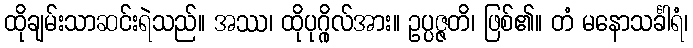
ထိုချမ်းသာဆင်းရဲသည်။ အဿ၊ ထိုပုဂ္ဂိုလ်အား။ ဥပ္ပဇ္ဇတိ၊ ဖြစ်၏။ တံ မနောသင်္ခါရံ၊